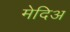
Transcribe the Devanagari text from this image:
मेदिअ